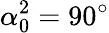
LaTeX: \alpha_{0}^{2}=90^{\circ}